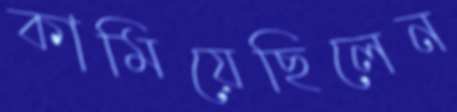
কামিয়েছিলেন